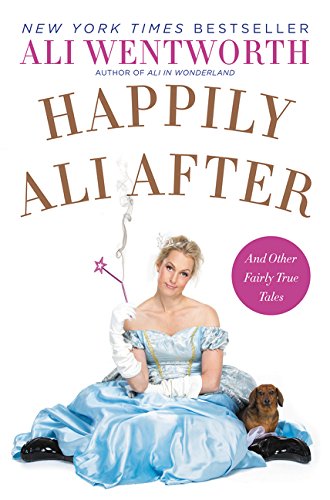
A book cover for Happily Ali After: And Other Fairly True Tales; Ali Wentworth; Humor & Entertainment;